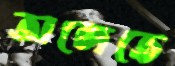
অঙ্গেতে